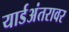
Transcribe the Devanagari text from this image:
यार्डअंतरावर